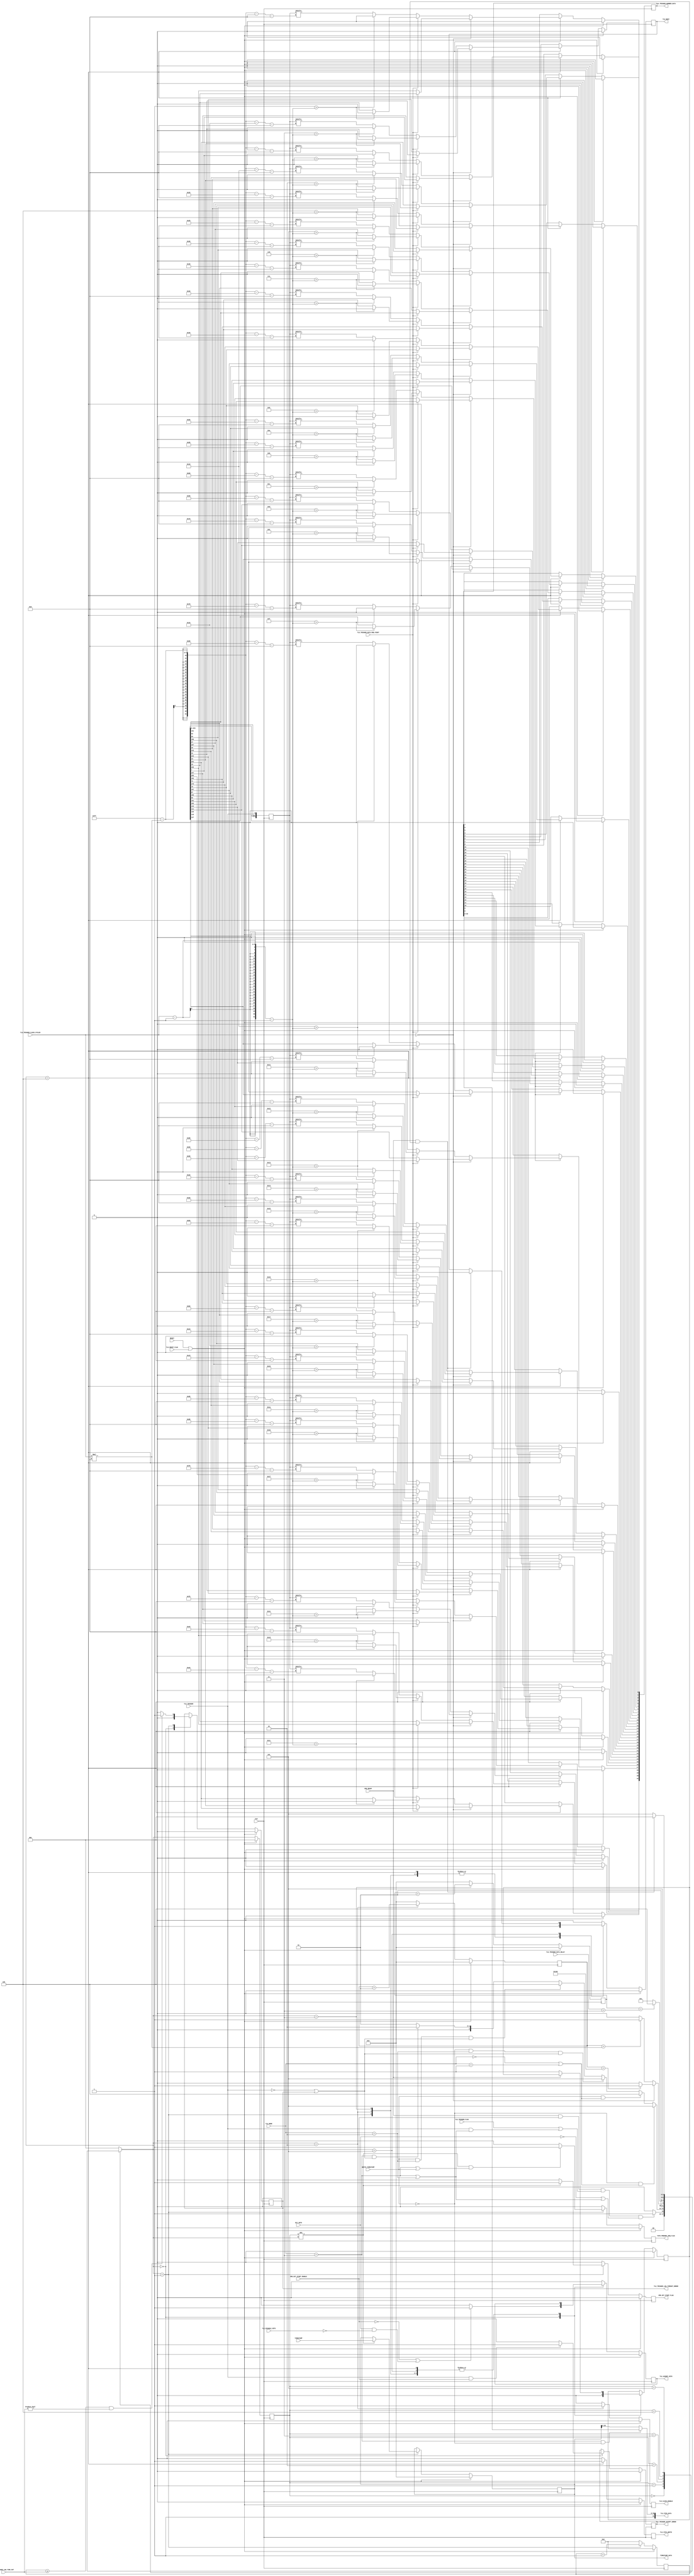
/**
 * ------------------------------------------------------------
 * Copyright (c) All rights reserved 
 * SiLab, Institute of Physics, University of Bonn
 * ------------------------------------------------------------
 */
`timescale 1ps/1ps
`default_nettype none

module tlu_controller_fsm
#(
    parameter                   DIVISOR = 8
) (
    input wire                  RESET,
    input wire                  CLK,
    
    output reg                  TLU_FIFO_WRITE,
    output wire     [31:0]      TLU_FIFO_DATA,
    
    output reg                  FIFO_PREEMPT_REQ_FLAG,

    input wire      [31:0]      TIMESTAMP,
    output reg      [31:0]      TIMESTAMP_DATA,
    output reg      [31:0]      TLU_TRIGGER_NUMBER_DATA,
    
    input wire                  CMD_READY,
    output reg                  CMD_EXT_START_FLAG,
    input wire                  CMD_EXT_START_ENABLE,
    
    input wire                  TLU_TRIGGER,
    input wire                  TLU_TRIGGER_FLAG,
    
    input wire      [1:0]       TLU_MODE,
    input wire      [7:0]       TLU_TRIGGER_LOW_TIME_OUT,
    input wire      [4:0]       TLU_TRIGGER_CLOCK_CYCLES,
    input wire      [3:0]       TLU_TRIGGER_DATA_DELAY,
    input wire                  TLU_TRIGGER_DATA_MSB_FIRST,
    input wire                  TLU_DISABLE_VETO,
    input wire                  EXT_VETO,
    input wire                  TLU_RESET_FLAG,

    input wire                  WRITE_TIMESTAMP,

    output reg                  TLU_BUSY,
    output reg                  TLU_CLOCK_ENABLE,
    output reg                  TLU_ASSERT_VETO,

    output reg                  TLU_TRIGGER_LOW_TIMEOUT_ERROR,
    output reg                  TLU_TRIGGER_ACCEPT_ERROR
);

// reg TLU_TRIGGER_ACCEPT_ERROR;
// reg TLU_TRIGGER_LOW_TIMEOUT_ERROR;
assign TLU_FIFO_DATA[31:0] = (TLU_MODE==2'b11 && WRITE_TIMESTAMP==1'b0) ? {1'b1, TLU_TRIGGER_NUMBER_DATA[30:0]} : {1'b1, TIMESTAMP_DATA[30:0]};

// shift register, serial to parallel, 32 FF
reg     [(32*DIVISOR)-1:0]      tlu_data_sr;
always @ (posedge CLK)
begin
    tlu_data_sr[(32*DIVISOR)-1:0] <= {tlu_data_sr[(32*DIVISOR)-2:0], TLU_TRIGGER};
end

// FSM
reg [7:0] counter_trigger_low_time_out;
integer counter_tlu_clock;
integer counter_sr_wait_cycles;
integer n; // for for-loop
reg CMD_WAS_BUSY;

// standard state encoding
reg     [2:0]   state;
reg     [2:0]   next;

parameter   [2:0]
    IDLE                                = 3'b000,
    SEND_COMMAND_WAIT_FOR_TRIGGER_LOW   = 3'b001,
    SEND_TLU_CLOCK                      = 3'b010,
    WAIT_BEFORE_LATCH                   = 3'b011,
    LATCH_DATA                          = 3'b100,
    WAIT_FOR_TLU_DATA_SAVED_CMD_READY   = 3'b101;

// sequential always block, non-blocking assignments
always @ (posedge CLK)
begin
    if (RESET | TLU_RESET_FLAG)  state <= IDLE; // get D-FF for state
    else        state <= next;
end

// combinational always block, blocking assignments
always @ (state or CMD_READY or CMD_WAS_BUSY or CMD_EXT_START_ENABLE or TLU_TRIGGER_FLAG or TLU_TRIGGER or TLU_MODE or WRITE_TIMESTAMP or TLU_TRIGGER_LOW_TIMEOUT_ERROR or counter_tlu_clock or TLU_TRIGGER_CLOCK_CYCLES or counter_sr_wait_cycles or TLU_TRIGGER_DATA_DELAY or EXT_VETO) //or TLU_TRIGGER_BUSY)
begin
    case (state)
    
        IDLE:
        begin
            if ((CMD_READY == 1'b1) && (CMD_EXT_START_ENABLE == 1'b1) && (TLU_TRIGGER_FLAG == 1'b1 || (TLU_TRIGGER == 1'b1 && (TLU_MODE == 2'b11 || TLU_MODE == 2'b10))) && (EXT_VETO == 1'b0 || (TLU_MODE == 2'b11 || TLU_MODE == 2'b10))) next = SEND_COMMAND_WAIT_FOR_TRIGGER_LOW;
            else next = IDLE;
        end
        
        SEND_COMMAND_WAIT_FOR_TRIGGER_LOW:
        begin
            if (WRITE_TIMESTAMP == 1'b0 && (TLU_MODE == 2'b00 || TLU_MODE == 2'b01)) next = WAIT_FOR_TLU_DATA_SAVED_CMD_READY; // do not wait for trigger low
            else if (WRITE_TIMESTAMP == 1'b1 && (TLU_MODE == 2'b00 || TLU_MODE == 2'b01)) next = LATCH_DATA; // do not wait for trigger low
            else if (WRITE_TIMESTAMP == 1'b0 && TLU_MODE == 2'b10 && (TLU_TRIGGER == 1'b0 || TLU_TRIGGER_LOW_TIMEOUT_ERROR == 1'b1)) next = WAIT_FOR_TLU_DATA_SAVED_CMD_READY;
            else if (WRITE_TIMESTAMP == 1'b1 && TLU_MODE == 2'b10 && (TLU_TRIGGER == 1'b0 || TLU_TRIGGER_LOW_TIMEOUT_ERROR == 1'b1)) next = LATCH_DATA;
            else if (TLU_MODE == 2'b11 && (TLU_TRIGGER == 1'b0 || TLU_TRIGGER_LOW_TIMEOUT_ERROR == 1'b1)) next = SEND_TLU_CLOCK;
            else next = SEND_COMMAND_WAIT_FOR_TRIGGER_LOW;
        end
        
        SEND_TLU_CLOCK:
        begin
            if (TLU_TRIGGER_CLOCK_CYCLES == 5'b0) // send 32 clock cycles
                if (counter_tlu_clock == 32 * DIVISOR) next = WAIT_BEFORE_LATCH;
                else next = SEND_TLU_CLOCK;
            else
                if (counter_tlu_clock == TLU_TRIGGER_CLOCK_CYCLES * DIVISOR) next = WAIT_BEFORE_LATCH;
                else next = SEND_TLU_CLOCK;
        end
        
        WAIT_BEFORE_LATCH:
        begin
            if (counter_sr_wait_cycles == TLU_TRIGGER_DATA_DELAY+3) next = LATCH_DATA; // 3 clock cycles is minimum delay for sync
            else next = WAIT_BEFORE_LATCH;
        end
        
        LATCH_DATA:
        begin
            next = WAIT_FOR_TLU_DATA_SAVED_CMD_READY;
        end
        
        WAIT_FOR_TLU_DATA_SAVED_CMD_READY:
        begin
            if (CMD_READY == 1'b1 && CMD_WAS_BUSY == 1'b1) next = IDLE;
            else next = WAIT_FOR_TLU_DATA_SAVED_CMD_READY;
        end
        
        // inferring FF
        default:
        begin
            next = IDLE;
        end
    
    endcase
end

// sequential always block, non-blocking assignments, registered outputs
always @ (posedge CLK)
begin
    if (RESET | TLU_RESET_FLAG) // get D-FF
    begin
        FIFO_PREEMPT_REQ_FLAG <= 1'b0;
        TLU_FIFO_WRITE <= 1'b0;
        TLU_TRIGGER_NUMBER_DATA <= 32'b0000_0000_0000_0000_0000_0000_0000_0000;
        TIMESTAMP_DATA <= 32'b0000_0000_0000_0000_0000_0000_0000_0000;
        TLU_ASSERT_VETO <= 1'b0;
        TLU_BUSY <= 1'b0;
        TLU_CLOCK_ENABLE <= 1'b0;
        counter_trigger_low_time_out <= 8'b0;
        counter_tlu_clock <= 0;
        counter_sr_wait_cycles <= 0;
        TLU_TRIGGER_LOW_TIMEOUT_ERROR <= 1'b0;
        TLU_TRIGGER_ACCEPT_ERROR <= 1'b0;
        CMD_EXT_START_FLAG <= 1'b0;
        CMD_WAS_BUSY <= 1'b0;
    end
    else
    begin
        FIFO_PREEMPT_REQ_FLAG <= 1'b0;
        TLU_FIFO_WRITE <= 1'b0;
        TLU_TRIGGER_NUMBER_DATA <= TLU_TRIGGER_NUMBER_DATA;
        TIMESTAMP_DATA <= TIMESTAMP_DATA;
        TLU_ASSERT_VETO <= 1'b0;
        TLU_BUSY <= 1'b0;
        TLU_CLOCK_ENABLE <= 1'b0;
        counter_trigger_low_time_out <= 8'b0;
        counter_tlu_clock <= 0;
        counter_sr_wait_cycles <= 0;
        TLU_TRIGGER_LOW_TIMEOUT_ERROR <= TLU_TRIGGER_LOW_TIMEOUT_ERROR;
        TLU_TRIGGER_ACCEPT_ERROR <= TLU_TRIGGER_ACCEPT_ERROR;
        CMD_EXT_START_FLAG <= 1'b0;
        CMD_WAS_BUSY <= CMD_WAS_BUSY;

        case (next)

            IDLE:
            begin
                FIFO_PREEMPT_REQ_FLAG <= 1'b0;
                TLU_FIFO_WRITE <= 1'b0;
                if ((CMD_EXT_START_ENABLE == 1'b0) || (EXT_VETO == 1'b1 && TLU_DISABLE_VETO == 1'b0))
                    TLU_ASSERT_VETO <= 1'b1;
                else
                    TLU_ASSERT_VETO <= 1'b0;
                // if (CMD_EXT_START_ENABLE == 1'b0)
                    // TLU_BUSY <= 1'b1; // FIXME: temporary fix for accepting first TLU trigger
                // else
                    // TLU_BUSY <= 1'b0;
                TLU_BUSY <= 1'b0;
                TLU_CLOCK_ENABLE <= 1'b0;
                counter_trigger_low_time_out <= 8'b0;
                counter_tlu_clock <= 0;
                counter_sr_wait_cycles <= 0;
                TLU_TRIGGER_LOW_TIMEOUT_ERROR <= 1'b0;
                if (TLU_TRIGGER == 1'b1 && CMD_EXT_START_ENABLE == 1'b1)
                    TLU_TRIGGER_ACCEPT_ERROR <= 1'b1;
                else
                    TLU_TRIGGER_ACCEPT_ERROR <= 1'b0;
                CMD_EXT_START_FLAG <= 1'b0;
                CMD_WAS_BUSY <= 1'b0;
            end
            
            SEND_COMMAND_WAIT_FOR_TRIGGER_LOW:
            begin
                // send flag at beginning of state
                if (state != next && (TLU_MODE == 2'b11 || WRITE_TIMESTAMP == 1'b1))
                    FIFO_PREEMPT_REQ_FLAG <= 1'b1;
                else
                    FIFO_PREEMPT_REQ_FLAG <= 1'b0;
                TLU_FIFO_WRITE <= 1'b0;
                // get timestamp closest to the trigger
                if (state != next)
                    TIMESTAMP_DATA <= TIMESTAMP;
                TLU_ASSERT_VETO <= TLU_ASSERT_VETO;
                TLU_BUSY <= 1'b1;
                TLU_CLOCK_ENABLE <= 1'b0;
                counter_trigger_low_time_out <= counter_trigger_low_time_out + 1;
                counter_tlu_clock <= 0;
                counter_sr_wait_cycles <= 0;
                if ((counter_trigger_low_time_out >= TLU_TRIGGER_LOW_TIME_OUT) && (TLU_TRIGGER_LOW_TIME_OUT != 8'b0))
                    TLU_TRIGGER_LOW_TIMEOUT_ERROR <= 1'b1;
                else
                    TLU_TRIGGER_LOW_TIMEOUT_ERROR <= 1'b0;
                TLU_TRIGGER_ACCEPT_ERROR <= TLU_TRIGGER_ACCEPT_ERROR;
                // send flag at beginning of state
                if (state != next)
                    CMD_EXT_START_FLAG <= 1'b1;
                else
                    CMD_EXT_START_FLAG <= 1'b0;
                if (CMD_READY == 1'b0)
                    CMD_WAS_BUSY <= 1'b1;
            end

            SEND_TLU_CLOCK:
            begin
                FIFO_PREEMPT_REQ_FLAG <= 1'b0;
                TLU_FIFO_WRITE <= 1'b0;
                TLU_ASSERT_VETO <= TLU_ASSERT_VETO;
                TLU_BUSY <= 1'b1;
                TLU_CLOCK_ENABLE <= 1'b1;
                counter_trigger_low_time_out <= 8'b0;
                counter_tlu_clock <= counter_tlu_clock + 1;
                counter_sr_wait_cycles <= 0;
                TLU_TRIGGER_LOW_TIMEOUT_ERROR <= TLU_TRIGGER_LOW_TIMEOUT_ERROR;
                TLU_TRIGGER_ACCEPT_ERROR <= TLU_TRIGGER_ACCEPT_ERROR;
                CMD_EXT_START_FLAG <= 1'b0;
                if (CMD_READY == 1'b0)
                    CMD_WAS_BUSY <= 1'b1;
            end

            WAIT_BEFORE_LATCH:
            begin
                FIFO_PREEMPT_REQ_FLAG <= 1'b0;
                TLU_FIFO_WRITE <= 1'b0;
                TLU_ASSERT_VETO <= TLU_ASSERT_VETO;
                TLU_BUSY <= 1'b1;
                TLU_CLOCK_ENABLE <= 1'b0;
                counter_trigger_low_time_out <= 8'b0;
                counter_tlu_clock <= 0;
                counter_sr_wait_cycles <= counter_sr_wait_cycles + 1;
                TLU_TRIGGER_LOW_TIMEOUT_ERROR <= TLU_TRIGGER_LOW_TIMEOUT_ERROR;
                TLU_TRIGGER_ACCEPT_ERROR <= TLU_TRIGGER_ACCEPT_ERROR;
                CMD_EXT_START_FLAG <= 1'b0;
                if (CMD_READY == 1'b0)
                    CMD_WAS_BUSY <= 1'b1;
            end

            LATCH_DATA:
            begin
                FIFO_PREEMPT_REQ_FLAG <= 1'b0;
                TLU_FIFO_WRITE <= 1'b1;
                if (TLU_TRIGGER_CLOCK_CYCLES == 5'b0_0000) // 0 results in 32 clock cycles
                begin
                    if (TLU_TRIGGER_DATA_MSB_FIRST == 1'b0)  // reverse bit order
                    begin
                        for ( n=0 ; n < 32 ; n = n+1 )
                        begin
                            if (n > 31-1)
                                TLU_TRIGGER_NUMBER_DATA[n] <= 1'b0;
                            else
                                TLU_TRIGGER_NUMBER_DATA[n] <= tlu_data_sr[(32*DIVISOR)-1-(n*DIVISOR)-DIVISOR];
                        end
                    end
                    else // do not reverse
                    begin
                        for ( n=0 ; n < 32 ; n = n+1 )
                        begin
                            if (n > 31-1)
                                TLU_TRIGGER_NUMBER_DATA[n] <= 1'b0;
                            else
                                TLU_TRIGGER_NUMBER_DATA[n] <= tlu_data_sr[(n*DIVISOR)+DIVISOR-1];
                        end
                    end
                end
                else // specific number of clock cycles
                begin
                    if (TLU_TRIGGER_DATA_MSB_FIRST == 1'b0)  // reverse bit order
                    begin
                        for ( n=0 ; n < 32 ; n = n+1 )
                        begin
                            if (n > TLU_TRIGGER_CLOCK_CYCLES-1-1)
                                TLU_TRIGGER_NUMBER_DATA[n] <= 1'b0;
                            else
                                TLU_TRIGGER_NUMBER_DATA[n] <= tlu_data_sr[(32*DIVISOR)-1-(TLU_TRIGGER_CLOCK_CYCLES*DIVISOR)-(n*DIVISOR)-DIVISOR]; // reverse bit order
                        end
                    end
                    else // do not reverse
                    begin
                        for ( n=0 ; n < 32 ; n = n+1 )
                        begin
                            if (n > TLU_TRIGGER_CLOCK_CYCLES-1-1)
                                TLU_TRIGGER_NUMBER_DATA[n] <= 1'b0;
                            else
                                TLU_TRIGGER_NUMBER_DATA[n] <= tlu_data_sr[(n*DIVISOR)+DIVISOR-1];
                        end
                    end
                end
                TLU_ASSERT_VETO <= TLU_ASSERT_VETO;
                TLU_BUSY <= 1'b1;
                TLU_CLOCK_ENABLE <= 1'b0;
                counter_trigger_low_time_out <= 8'b0;
                counter_tlu_clock <= 0;
                counter_sr_wait_cycles <= 0;
                TLU_TRIGGER_LOW_TIMEOUT_ERROR <= TLU_TRIGGER_LOW_TIMEOUT_ERROR;
                TLU_TRIGGER_ACCEPT_ERROR <= TLU_TRIGGER_ACCEPT_ERROR;
                CMD_EXT_START_FLAG <= 1'b0;
                if (CMD_READY == 1'b0)
                    CMD_WAS_BUSY <= 1'b1;
            end

            WAIT_FOR_TLU_DATA_SAVED_CMD_READY:
            begin
                FIFO_PREEMPT_REQ_FLAG <= 1'b0;
                TLU_FIFO_WRITE <= 1'b0;
                TLU_ASSERT_VETO <= TLU_ASSERT_VETO;
                // de-assert TLU busy as soon as possible
                if (CMD_READY == 1'b1 && CMD_WAS_BUSY == 1'b1)
                    TLU_BUSY <= 1'b0;
                else
                    TLU_BUSY <= TLU_BUSY;
                TLU_CLOCK_ENABLE <= 1'b0;
                counter_trigger_low_time_out <= 8'b0;
                counter_tlu_clock <= 0;
                counter_sr_wait_cycles <= 0;
                TLU_TRIGGER_LOW_TIMEOUT_ERROR <= TLU_TRIGGER_LOW_TIMEOUT_ERROR;
                TLU_TRIGGER_ACCEPT_ERROR <= TLU_TRIGGER_ACCEPT_ERROR;
                CMD_EXT_START_FLAG <= 1'b0;
                if (CMD_READY == 1'b0)
                    CMD_WAS_BUSY <= 1'b1;
            end

        endcase
    end
end

// Chipscope
`ifdef SYNTHESIS_NOT
//`ifdef SYNTHESIS
wire [35:0] control_bus;
chipscope_icon ichipscope_icon
(
    .CONTROL0(control_bus)
);

chipscope_ila ichipscope_ila
(
    .CONTROL(control_bus),
    .CLK(CLK),
    .TRIG0({CMD_EXT_START_ENABLE, TLU_FIFO_WRITE, CMD_EXT_START_FLAG, TLU_CLOCK_ENABLE, TLU_ASSERT_VETO, TLU_BUSY, CMD_READY, EXT_VETO, TLU_TRIGGER_ACCEPT_ERROR, TLU_TRIGGER_LOW_TIMEOUT_ERROR, TLU_TRIGGER_FLAG, TLU_TRIGGER, TLU_MODE, state})
    //.CLK(CLK_160),
    //.TRIG0({FMODE, FSTROBE, FREAD, CMD_BUS_WR, RX_BUS_WR, FIFO_WR, BUS_DATA_IN, FE_RX ,WR_B, RD_B})
);
`endif

endmodule